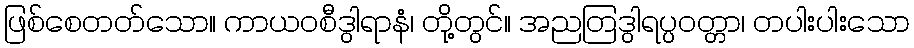
ဖြစ်စေတတ်သော။ ကာယဝစီဒွါရာနံ၊ တို့တွင်။ အညတြဒွါရပ္ပဝတ္တာ၊ တပါးပါးသော